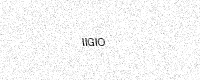
Text: IIGIO